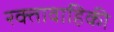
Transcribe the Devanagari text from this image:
रक्तावाहिकी